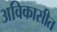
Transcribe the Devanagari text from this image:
अविकासीत